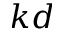
k d